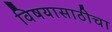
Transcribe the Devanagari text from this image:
विषयासाठीचा